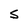
Character: S